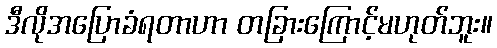
ဒီလိုအပြောခံရတာဟာ တခြားကြောင့်မဟုတ်ဘူး။